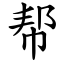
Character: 帮